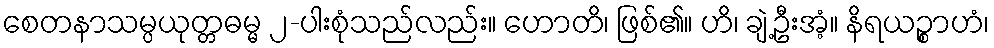
စေတနာသမ္ပယုတ္တဓမ္မ ၂-ပါးစုံသည်လည်း။ ဟောတိ၊ ဖြစ်၏။ ဟိ၊ ချဲ့ဦးအံ့။ နိရယဉ္စာဟံ၊